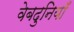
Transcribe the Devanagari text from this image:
वेबदुनियाँ